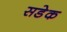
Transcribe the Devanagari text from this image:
सडेक